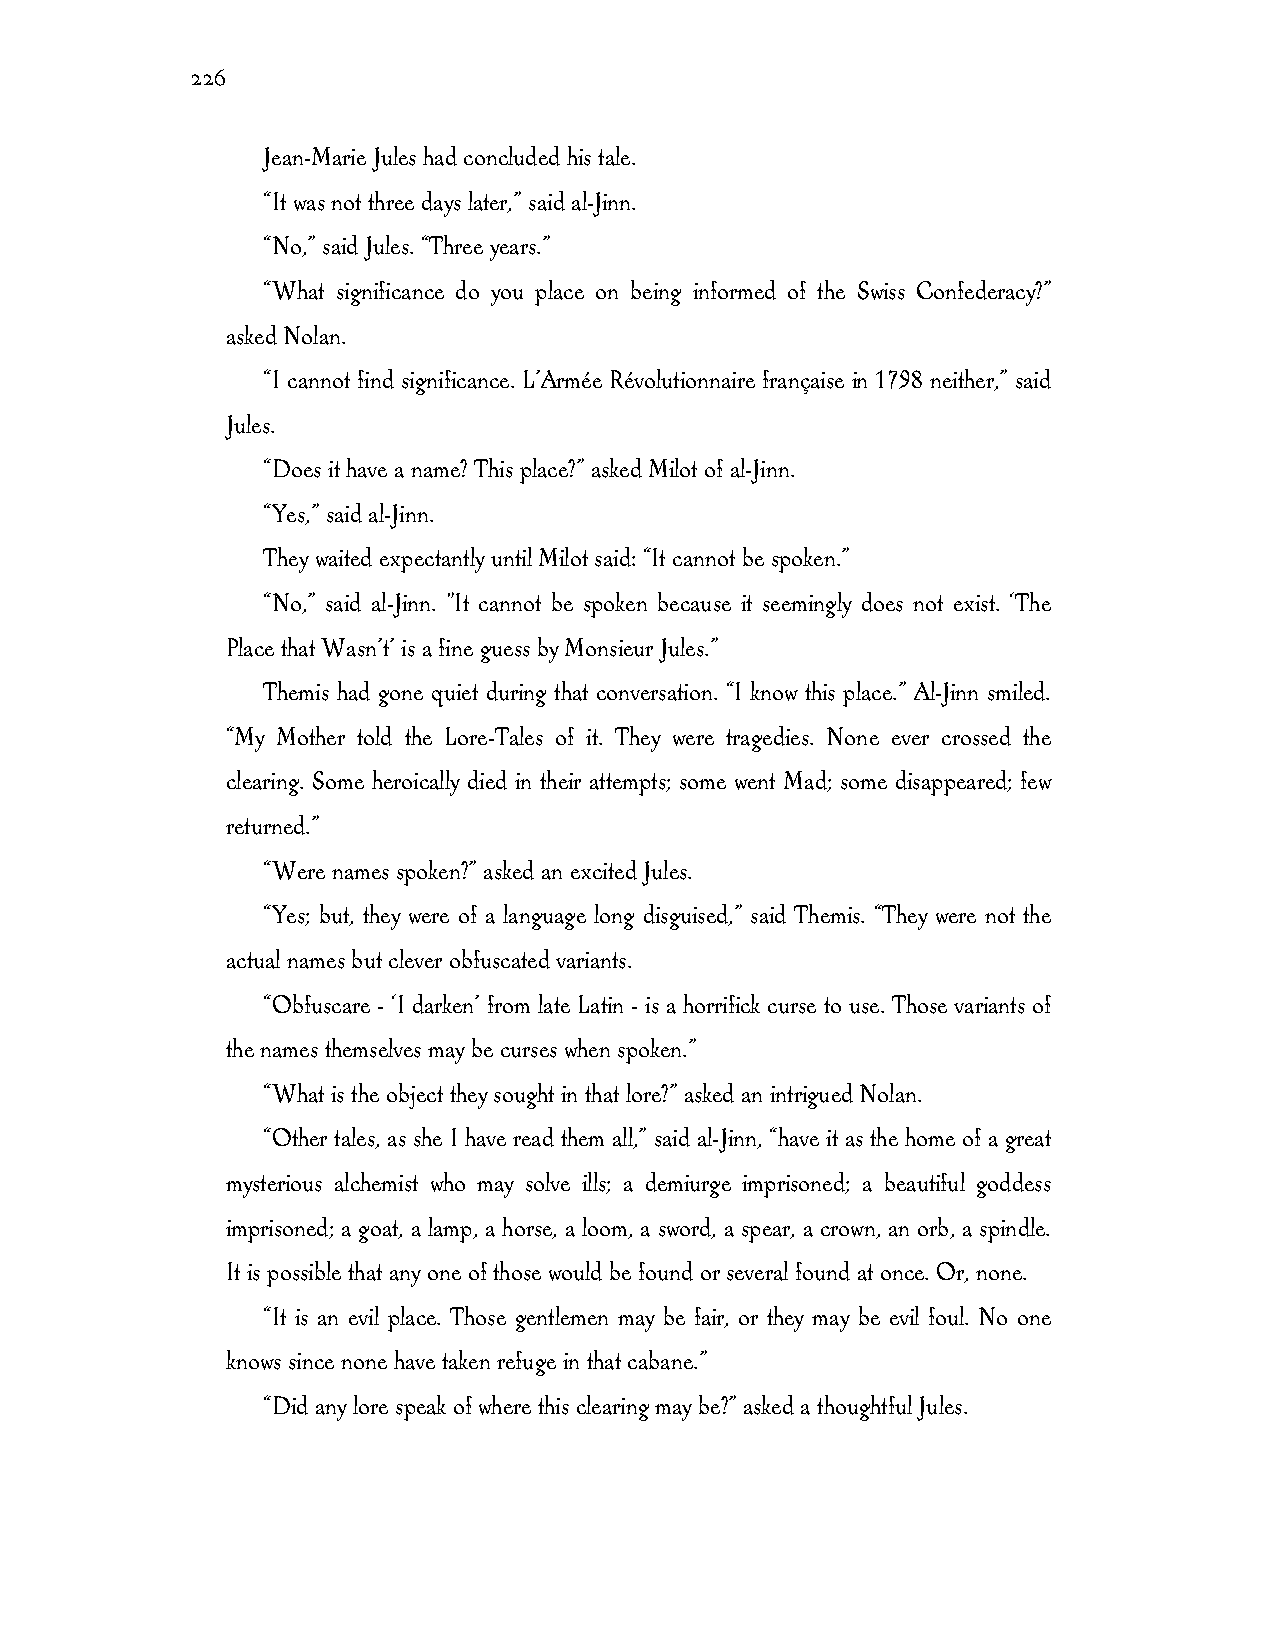
226
 Jean-Marie Jules had concluded his tale.
 “It was not three days later,” said al-Jinn.
 “No,” said Jules. “Three years.”
 “What significance do you place on being informed of the Swiss Confederacy?”
 asked Nolan.
 “I cannot find significance. L’Armée Révolutionnaire française in 1798 neither,” said
 Jules.
 “Does it have a name? This place?” asked Milot of al-Jinn.
 “Yes,” said al-Jinn.
 They waited expectantly until Milot said: “It cannot be spoken.”
 “No,” said al-Jinn. "It cannot be spoken because it seemingly does not exist. ‘The
 Place that Wasn’t’ is a fine guess by Monsieur Jules.”
 Themis had gone quiet during that conversation. “I know this place.” Al-Jinn smiled.
 “My Mother told the Lore-Tales of it. They were tragedies. None ever crossed the
 clearing. Some heroically died in their attempts; some went Mad; some disappeared; few
 returned.”
 “Were names spoken?” asked an excited Jules.
 “Yes; but, they were of a language long disguised,” said Themis. “They were not the
 actual names but clever obfuscated variants.
 “Obfuscare - ‘I darken’ from late Latin - is a horrifick curse to use. Those variants of
 the names themselves may be curses when spoken.”
 “What is the object they sought in that lore?” asked an intrigued Nolan.
 “Other tales, as she I have read them all,” said al-Jinn, “have it as the home of a great
 mysterious alchemist who may solve ills; a demiurge imprisoned; a beautiful goddess
 imprisoned; a goat, a lamp, a horse, a loom, a sword, a spear, a crown, an orb, a spindle.
 It is possible that any one of those would be found or several found at once. Or, none.
 “It is an evil place. Those gentlemen may be fair, or they may be evil foul. No one
 knows since none have taken refuge in that cabane.”
 “Did any lore speak of where this clearing may be?” asked a thoughtful Jules.